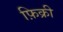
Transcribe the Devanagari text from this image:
फ़िक्री